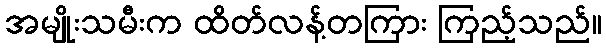
အမျိုးသမီးက ထိတ်လန့်တကြား ကြည့်သည်။